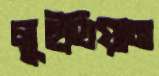
লুইথিয়ান